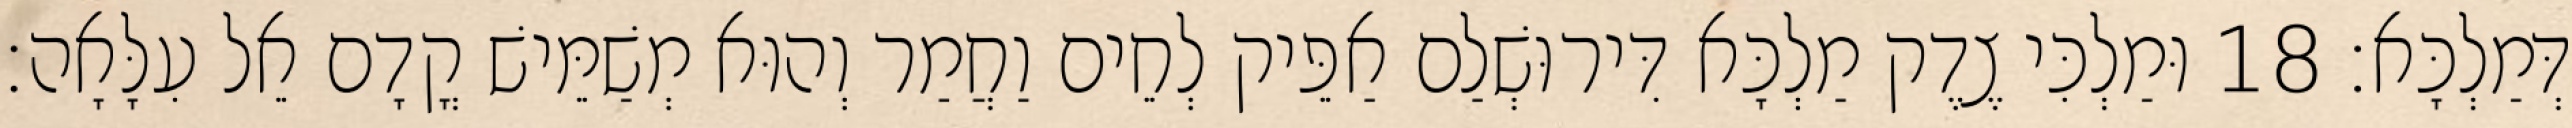
דְּמַלְכָּא׃ 18 וּמַלְכִּי צֶדֶק מַלְכָּא דִּירוּשְׁלַם אַפֵּיק לְחֵים וַחֲמַר וְהוּא מְשַׁמֵּישׁ קֳדָם אֵל עִלָּאָה׃